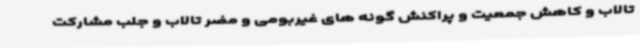
تالاب و کاهش جمعیت و پراکنش گونه های غیربومی و مضر تالاب و جلب مشارکت